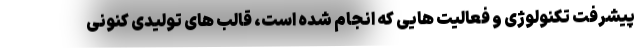
پیشرفت تکنولوژی و فعالیت هایی که انجام شده است، قالب های تولیدی کنونی